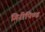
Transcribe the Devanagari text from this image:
गिरीपिण्ड